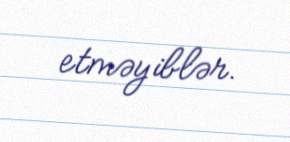
etməyiblər.